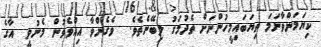
ކިޔަމަންވާނަމަަ ތިޔަބައިމީހުންނަށް ތެދުމަގު ލިބޭނެތެވެ.  ވެގެންވާ އިއްވެވުން މެނުވީ  އާގެ